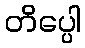
တိပ္ပေါ